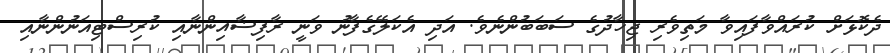
ދެކޮޅަށް ކުރައްވާފައިވާ މަތިވެރި ޖިހާދުގެ ސަބަބުންނެވެ. އަދި އެކަލޭގެފާނު ވަނީ ރާފިޟާއިންނާއި ކުރިސްޓިއަނުންނާއި